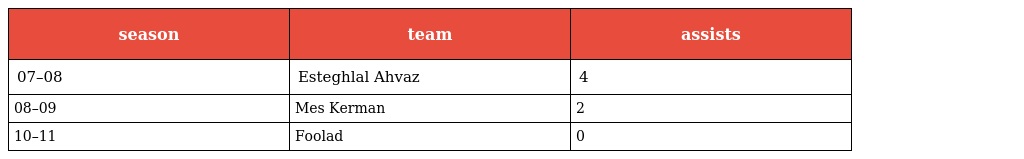
| season | team | assists |
 | --- | --- | --- |
 | 07–08 | Esteghlal Ahvaz | 4 |
 | 08–09 | Mes Kerman | 2 |
 | 10–11 | Foolad | 0 |